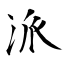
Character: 派